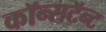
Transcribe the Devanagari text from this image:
कॉन्सटॅन्ट